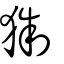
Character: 𪘥